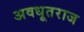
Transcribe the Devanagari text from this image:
अवधूतराज